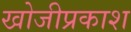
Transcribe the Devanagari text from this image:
खोजीप्रकाश